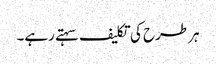
ہر طرح کی تکلیف سہتے رہے۔